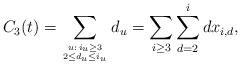
LaTeX: \begin{align*} C_3(t) = \sum_{u:\,i_u \geq 3 \atop {2 \leq d_u \leq i_u}} d_u = \sum_{i \geq 3} \sum_{d = 2}^{i} dx_{i,d}, \\ \end{align*}